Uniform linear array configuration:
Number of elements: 4
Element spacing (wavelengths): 1
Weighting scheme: uniform
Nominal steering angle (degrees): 30
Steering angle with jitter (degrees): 28.904
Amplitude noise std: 0.05
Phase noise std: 0.05

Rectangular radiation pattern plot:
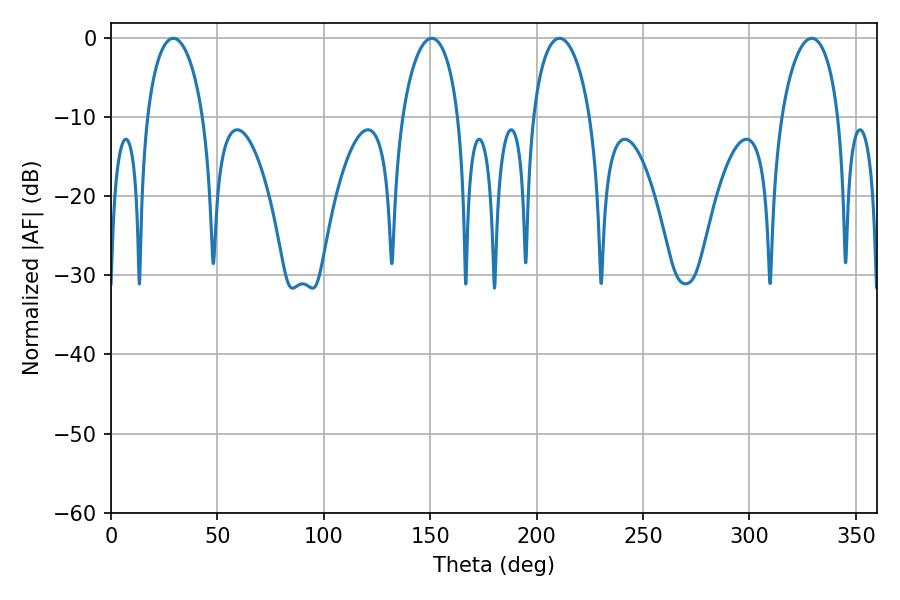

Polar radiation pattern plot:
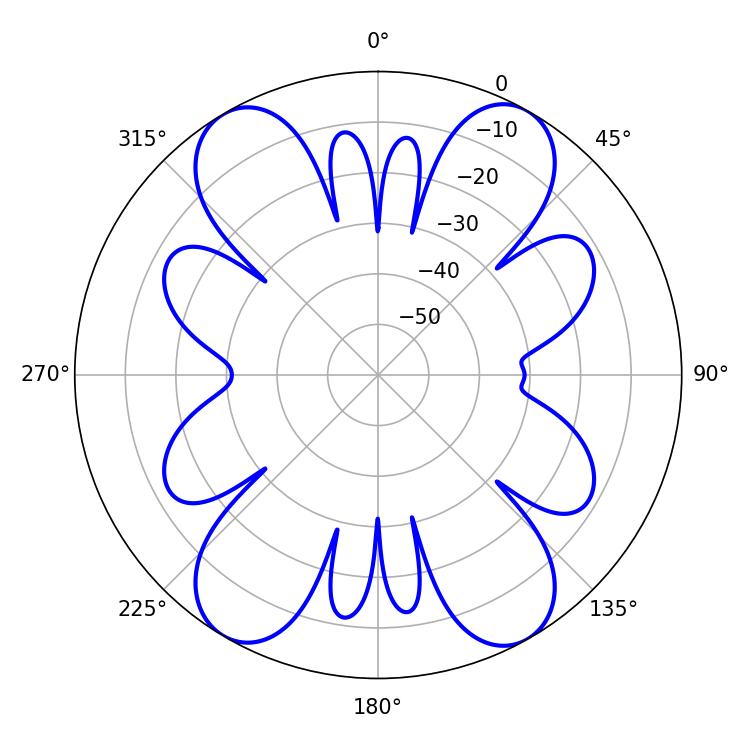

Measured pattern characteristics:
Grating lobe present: TRUE
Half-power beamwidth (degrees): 15.3
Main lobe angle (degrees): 329.22